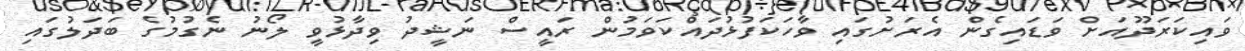
ވައިކަރަދޫއަށް ވަޑައިގެން އެރަށުގައި ވާހަކަފުޅުދައްކަވަމުން ރައީސް ނަޝީދު ވިދާޅުވީ ލޯނު ނެގުމުގެ ބަދަލުގައި